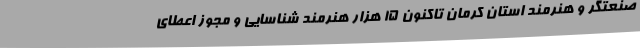
صنعتگر و هنرمند استان کرمان تاکنون 15 هزار هنرمند شناسایی و مجوز اعطای